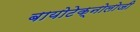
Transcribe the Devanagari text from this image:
बायोटेक्नोलोजी